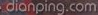
dianping.com